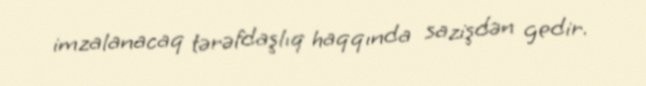
imzalanacaq tərəfdaşlıq haqqında sazişdən gedir.